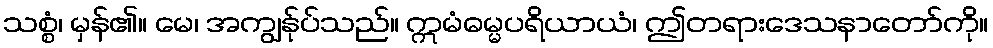
သစ္စံ၊ မှန်၏။ မေ၊ အကျွန်ုပ်သည်။ ဣမံဓမ္မပရိယာယံ၊ ဤတရားဒေသနာတော်ကို။